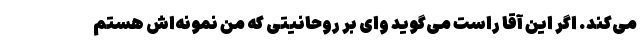
می‌کند. اگر این آقا راست می‌گوید وای بر روحانیتی که من نمونه‌اش هستم